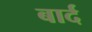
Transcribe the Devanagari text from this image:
बार्द